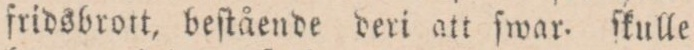
fridsbrott, beſtående deri att ſwar. ſkulle